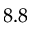
8 . 8